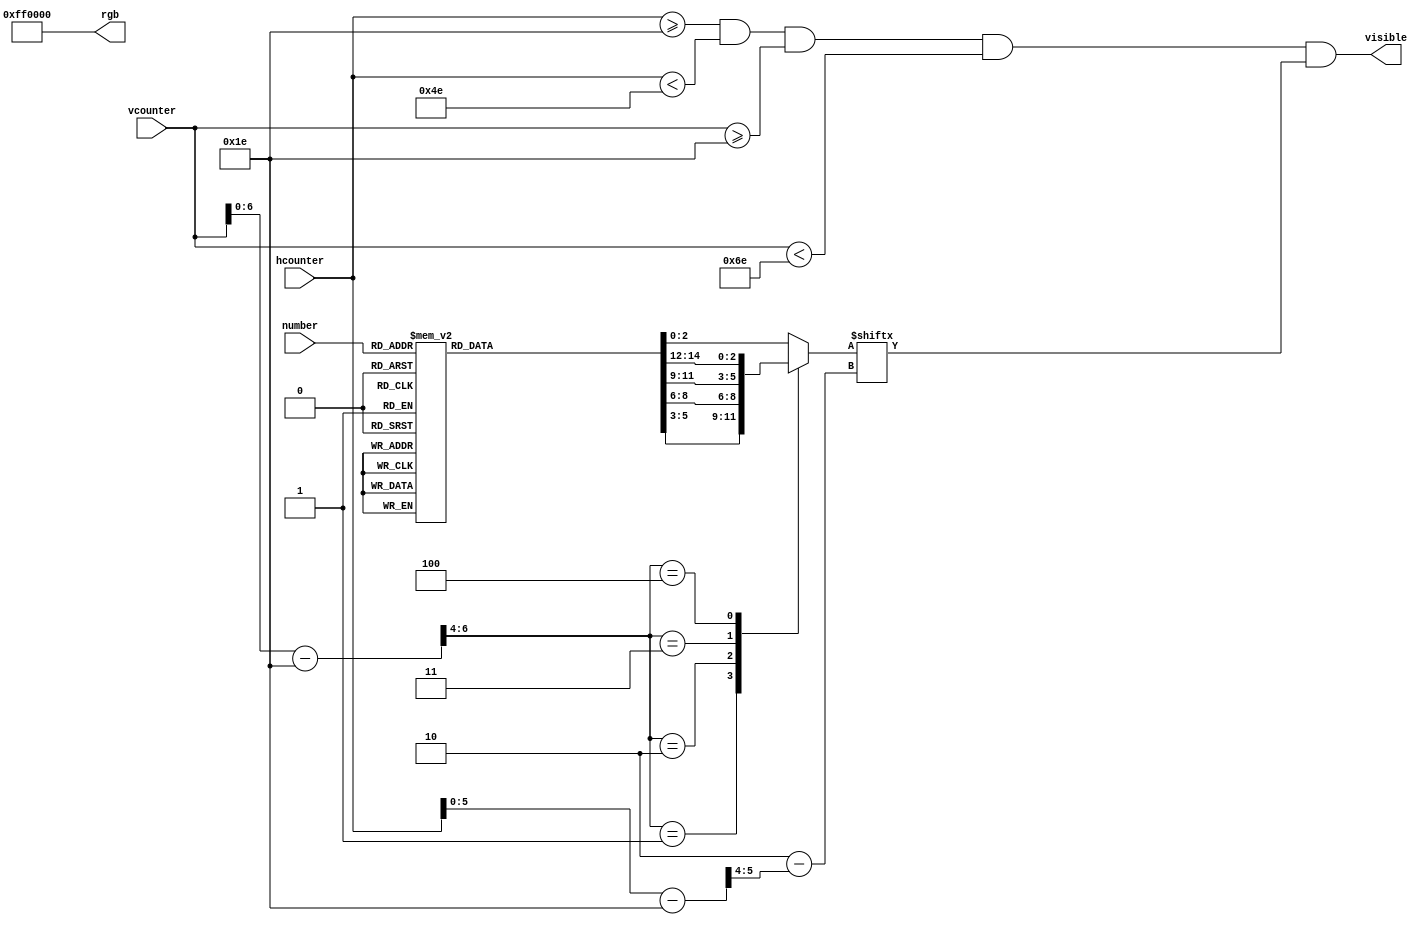
module single_number
#(
    parameter H_POS = 10'd30,
    parameter V_POS = 10'd30,
    parameter COLOR = 24'hff0000
)
(
    input  wire [3:0] number,
    input  wire [9:0] hcounter,
    input  wire [9:0] vcounter,

    output wire visible,
    output wire [23:0] rgb
);

    wire [14:0] number0;
    wire [14:0] number1;
    wire [14:0] number2;
    wire [14:0] number3;
    wire [14:0] number4;
    wire [14:0] number5;
    wire [14:0] number6;
    wire [14:0] number7;
    wire [14:0] number8;
    wire [14:0] number9;

    // wire [2:0] number0 [0:4];
    // wire [2:0] number1 [0:4];
    // wire [2:0] number2 [0:4];
    // wire [2:0] number3 [0:4];
    // wire [2:0] number4 [0:4];
    // wire [2:0] number5 [0:4];
    // wire [2:0] number6 [0:4];
    // wire [2:0] number7 [0:4];
    // wire [2:0] number8 [0:4];
    // wire [2:0] number9 [0:4];

    assign number0[2:0] = 3'b111;
    assign number0[5:3] = 3'b101;
    assign number0[8:6] = 3'b101;
    assign number0[11:9] = 3'b101;
    assign number0[14:12] = 3'b111;

    assign number1[2:0] = 3'b001;
    assign number1[5:3] = 3'b001;
    assign number1[8:6] = 3'b001;
    assign number1[11:9] = 3'b001;
    assign number1[14:12] = 3'b001;

    assign number2[2:0] = 3'b111;
    assign number2[5:3] = 3'b001;
    assign number2[8:6] = 3'b111;
    assign number2[11:9] = 3'b100;
    assign number2[14:12] = 3'b111;

    assign number3[2:0] = 3'b111;
    assign number3[5:3] = 3'b001;
    assign number3[8:6] = 3'b111;
    assign number3[11:9] = 3'b001;
    assign number3[14:12] = 3'b111;

    assign number4[2:0] = 3'b101;
    assign number4[5:3] = 3'b101;
    assign number4[8:6] = 3'b111;
    assign number4[11:9] = 3'b001;
    assign number4[14:12] = 3'b001;

    assign number5[2:0] = 3'b111;
    assign number5[5:3] = 3'b100;
    assign number5[8:6] = 3'b111;
    assign number5[11:9] = 3'b001;
    assign number5[14:12] = 3'b111;

    assign number6[2:0] = 3'b111;
    assign number6[5:3] = 3'b100;
    assign number6[8:6] = 3'b111;
    assign number6[11:9] = 3'b101;
    assign number6[14:12] = 3'b111;

    assign number7[2:0] = 3'b111;
    assign number7[5:3] = 3'b001;
    assign number7[8:6] = 3'b001;
    assign number7[11:9] = 3'b001;
    assign number7[14:12] = 3'b001;

    assign number8[2:0] = 3'b111;
    assign number8[5:3] = 3'b101;
    assign number8[8:6] = 3'b111;
    assign number8[11:9] = 3'b101;
    assign number8[14:12] = 3'b111;
    
    assign number9[2:0] = 3'b111;
    assign number9[5:3] = 3'b101;
    assign number9[8:6] = 3'b111;
    assign number9[11:9] = 3'b001;
    assign number9[14:12] = 3'b001;

    reg [14:0] selected_number;

    always @(*) begin
        case (number)
            4'b0000: selected_number = number0;
            4'b0001: selected_number = number1;
            4'b0010: selected_number = number2;
            4'b0011: selected_number = number3;
            4'b0100: selected_number = number4;
            4'b0101: selected_number = number5;
            4'b0110: selected_number = number6;
            4'b0111: selected_number = number7;
            4'b1000: selected_number = number8;
            4'b1001: selected_number = number9;
            default: selected_number = number0;
        endcase
    end

    wire in_area;
    assign in_area = (hcounter >= H_POS) && (hcounter < H_POS + 48) && (vcounter >= V_POS) && (vcounter < V_POS + 80);

    wire [1:0] x;
    wire [2:0] y;

    wire [9:0] h_offset;
    wire [9:0] v_offset;

    assign h_offset = hcounter - H_POS;
    assign v_offset = vcounter - V_POS;

    assign x = h_offset[5:4];
    assign y = v_offset[6:4];

    reg [2:0] selected_number_row;

    always @(*) begin
        case (y)
            3'd0: selected_number_row = selected_number[2:0];
            3'd1: selected_number_row = selected_number[5:3];
            3'd2: selected_number_row = selected_number[8:6];
            3'd3: selected_number_row = selected_number[11:9];
            3'd4: selected_number_row = selected_number[14:12];
            default: selected_number_row = selected_number[2:0];
        endcase
    end

    wire selected_number_pixel;
    assign selected_number_pixel = selected_number_row[2 - x];

    assign visible = in_area && selected_number_pixel;
    assign rgb = COLOR;

endmodule